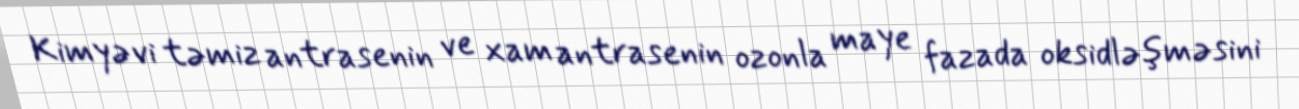
Kimyəvi təmiz antrasenin ve xam antrasenin ozonla maye fazada oksidləşməsini